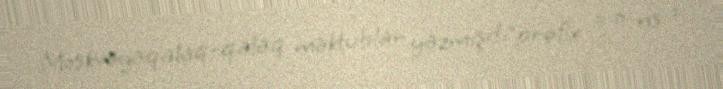
Moskvayaqalaq-qalaq məktublar yazmışdı”prefix = o ns =